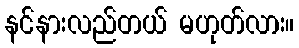
နင်နားလည်တယ် မဟုတ်လား။